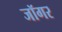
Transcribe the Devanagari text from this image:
जॉगर